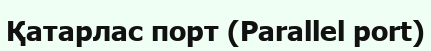
Қатарлас порт (Parallel port)